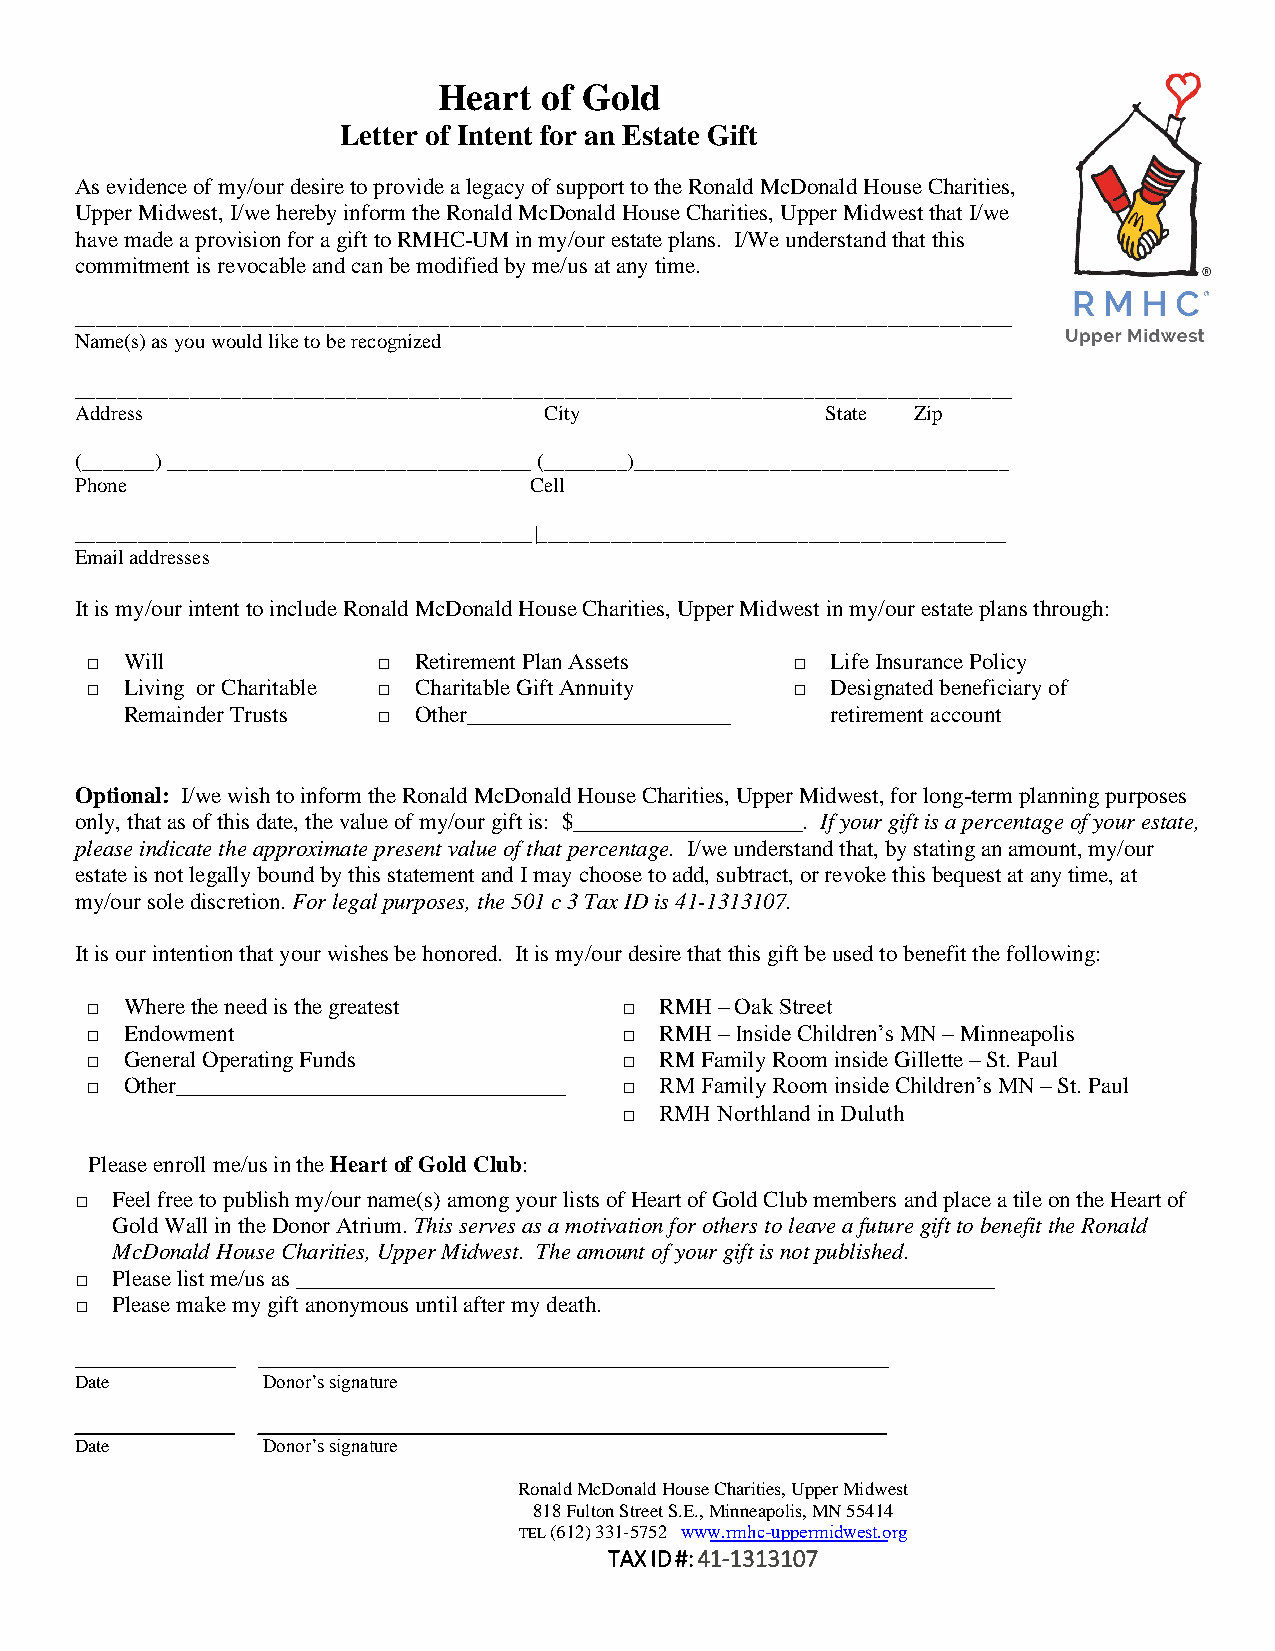
Heart  of Gold
 Letter of Intent for an Estate Gift
 As evidence of my/our desire to provide a legacy of support to the Ronald McDonald House Charities,
 Upper Midwest, I/we hereby inform the Ronald McDonald House Charities, Upper Midwest that I/we
 have made a provision for a gift to RMHC-UM in my/our estate plans. I/We understand that this
 commitment is revocable and can be modified by me/us at any time.
 __________________________________________________________________________________________
 Name(s) as you would like to be recognized
 __________________________________________________________________________________________
 Address                        City               State Zip
 (_______) ___________________________________ (________)____________________________________
 Phone                         Cell
 ____________________________________________|_____________________________________________
 Email addresses
 It is my/our intent to include Ronald McDonald House Charities, Upper Midwest in my/our estate plans through:
 □ Will             □ Retirement Plan Assets   □  Life Insurance Policy
 □ Living or Charitable □ Charitable Gift Annuity □ Designated beneficiary of
 Remainder Trusts □ Other_______________________ retirement account
 Optional: I/we wish to inform the Ronald McDonald House Charities, Upper Midwest, for long-term planning purposes
 only, that as of this date, the value of my/our gift is: $____________________. If your gift is a percentage of your estate,
 please indicate the approximate present value of that percentage. I/we understand that, by stating an amount, my/our
 estate is not legally bound by this statement and I may choose to add, subtract, or revoke this bequest at any time, at
 my/our sole discretion. For legal purposes, the 501 c 3 Tax ID is 41-1313107.
 It is our intention that your wishes be honored. It is my/our desire that this gift be used to benefit the following:
 □ Where the need is the greatest   □  RMH – Oak Street
 □ Endowment                        □  RMH – Inside Children’s MN – Minneapolis
 □ General Operating Funds          □  RM Family Room inside Gillette – St. Paul
 □ Other__________________________________ □ RM Family Room inside Children’s MN – St. Paul
 □  RMH Northland in Duluth
 Please enroll me/us in the Heart of Gold Club:
 □ Feel free to publish my/our name(s) among your lists of Heart of Gold Club members and place a tile on the Heart of
 Gold Wall in the Donor Atrium. This serves as a motivation for others to leave a future gift to benefit the Ronald
 McDonald House Charities, Upper Midwest. The amount of your gift is not published.
 □ Please list me/us as _____________________________________________________________
 □ Please make my gift anonymous until after my death.
 ______________ _______________________________________________________
 Date        Donor’s signature
 Date        Donor’s signature
 Ronald McDonald House Charities, Upper Midwest
 818 Fulton Street S.E., Minneapolis, MN 55414
 TEL (612) 331-5752 www.rmhc-uppermidwest.org
 TAX ID #: 41-1313107